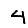
Digit: 4